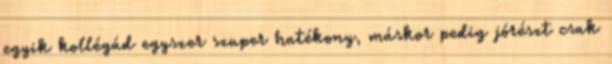
egyik kollégád egyszer szuper hatékony, máskor pedig jórészt csak